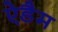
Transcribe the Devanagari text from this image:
ऐडैम